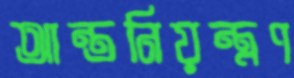
আন্তনিয়ন্ত্রণ